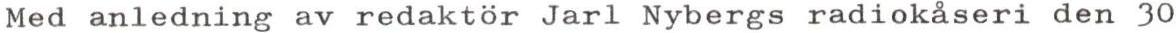
Med anledning av redaktör Jarl Nybergs radiokåseri den 30